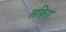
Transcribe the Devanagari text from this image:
सफिरा